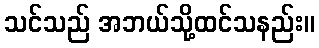
သင်သည် အဘယ်သို့ထင်သနည်း။